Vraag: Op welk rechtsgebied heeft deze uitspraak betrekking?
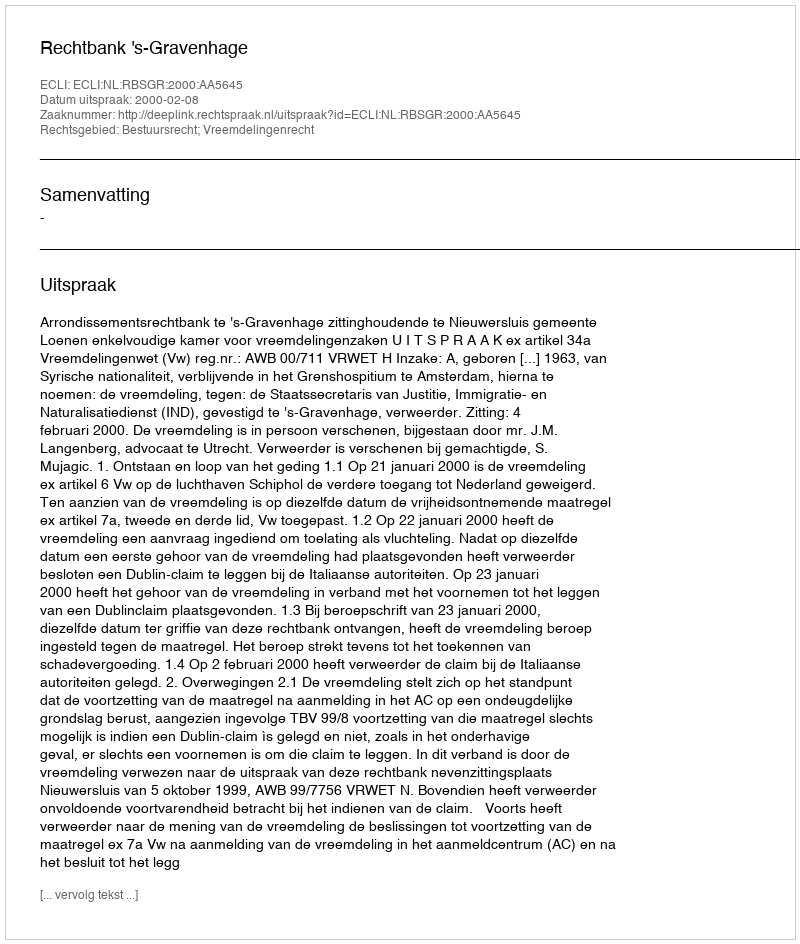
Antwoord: Bestuursrecht; Vreemdelingenrecht